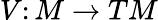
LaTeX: V\colon M\to TM